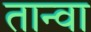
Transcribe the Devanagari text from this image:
तान्वा